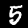
Label: 5